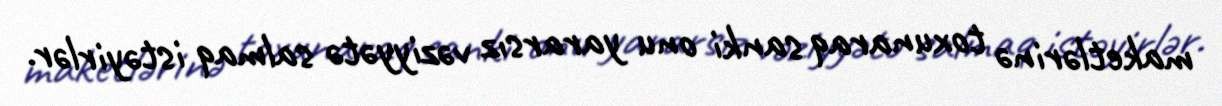
maketlərinə toxunaraq sanki onu yararsız vəziyyətə salmaq istəyirlər.